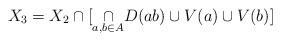
LaTeX: \begin{align*}X_3=X_2\cap [\underset{a,b\in A}\cap D(ab)\cup V(a)\cup V(b)]\end{align*}